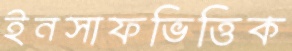
ইনসাফভিত্তিক